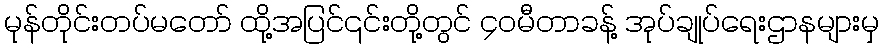
မုန်တိုင်းတပ်မတော် ထို့အပြင်၎င်းတို့တွင် ၄၀မီတာခန့် အုပ်ချုပ်ရေးဌာနများမှ